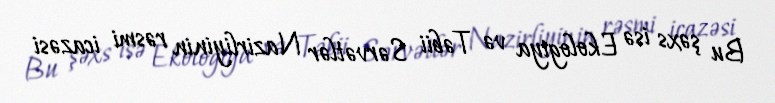
Bu şəxs isə Ekologiya və Təbii Sərvətlər Nazirliyinin rəsmi icazəsi